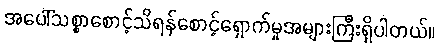
အပေါ်သစ္စာစောင့်သိရန်စောင့်ရှောက်မှုအများကြီးရှိပါတယ်။